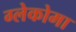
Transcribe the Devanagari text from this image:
ग्लेकोमा